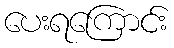
ပေးရကြောင်း